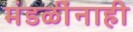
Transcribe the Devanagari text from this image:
मंडळींनाही